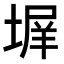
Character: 𭏊